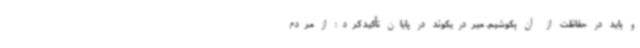
و باید در حفاظت از آن بکوشیم. میردریکوند در پایان تأکید کرد: از مردم